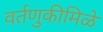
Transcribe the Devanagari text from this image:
वर्तणुकीमिळे